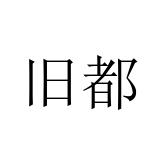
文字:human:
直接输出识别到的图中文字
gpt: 旧都